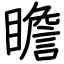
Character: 瞻